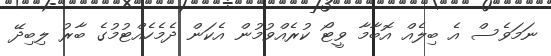
ނަމަވެސް އެ ބިލެއް އޮބާމާ ވީޓޯ ކުރެއްވުމުން އެކަން ދެމެހެއްޓުމުގެ ބާރު ލިބިދޭ